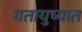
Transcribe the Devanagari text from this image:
गतायुष्यात